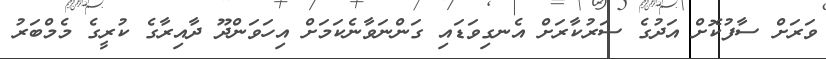
ވަރަށް ސާފުކޮށް އަދުގެ ސަރުކާރަށް އެނގިވަޑައި ގަންނަވާނެކަމަށް އިހަވަންދޫ ދާއިރާގެ ކުރީގެ މެމްބަރު